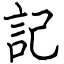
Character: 記